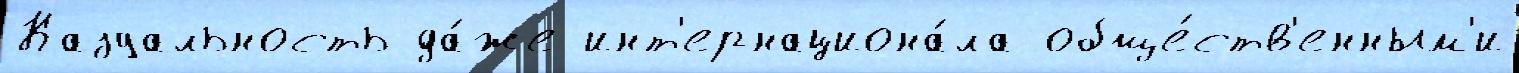
Казуальность да́же инт'ернациона́ла обще́ств'енным'и